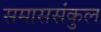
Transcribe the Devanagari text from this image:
समाससंकुल